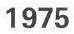
1975